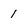
Character: 1